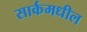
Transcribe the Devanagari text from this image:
सार्कमधील